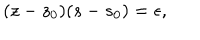
( z - z _ { 0 } ) ( s - s _ { 0 } ) = \epsilon ,